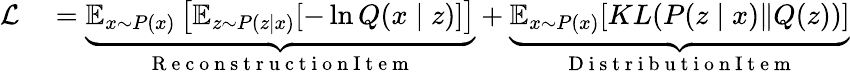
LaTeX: \begin{array}{rl}{\mathcal{L}}&{{}=\underbrace{\mathbb{E}_{{x}\sim{P}(x)}\left[\mathbb{E}_{z\sim P(z\mid x)}[-\ln Q(x\mid z)]\right]}_{\mathrm{~R~e~c~o~n~s~t~r~u~c~t~i~o~n~I~t~e~m~}}+\underbrace{\mathbb{E}_{{x}\sim{P}(x)}{[KL(P(z\mid x)\| Q(z))]}}_{\mathrm{~D~i~s~t~r~i~b~u~t~i~o~n~I~t~e~m~}}}\end{array}